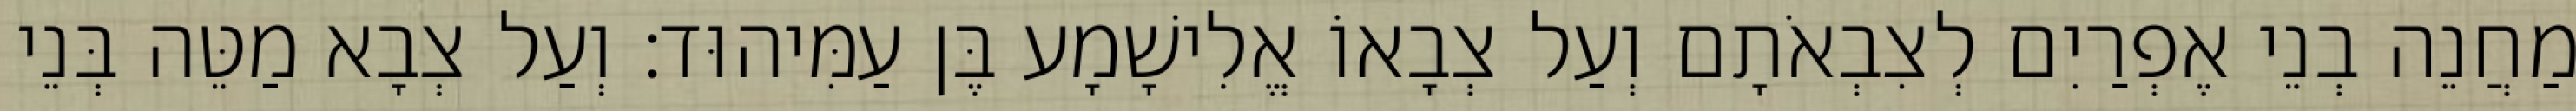
מַחֲנֵה בְנֵי אֶפְרַיִם לְצִבְאֹתָם וְעַל צְבָאוֹ אֱלִישָׁמָע בֶּן עַמִּיהוּד׃ וְעַל צְבָא מַטֵּה בְּנֵי